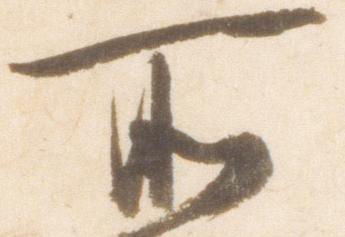
所